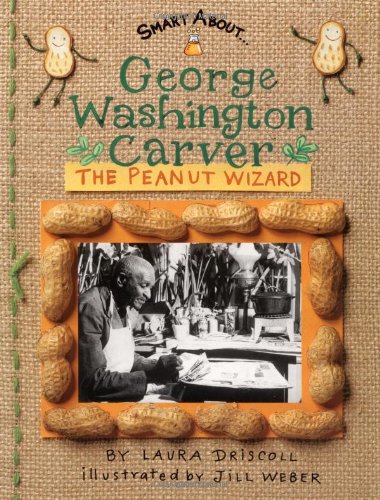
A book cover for George Washington Carver: The Peanut Wizard (Smart About History); Laura Driscoll; Children's Books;